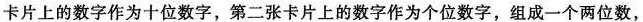
卡片上的数字作为十位数字，第二张卡片上的数字作为个位数字，组成一个两位数，